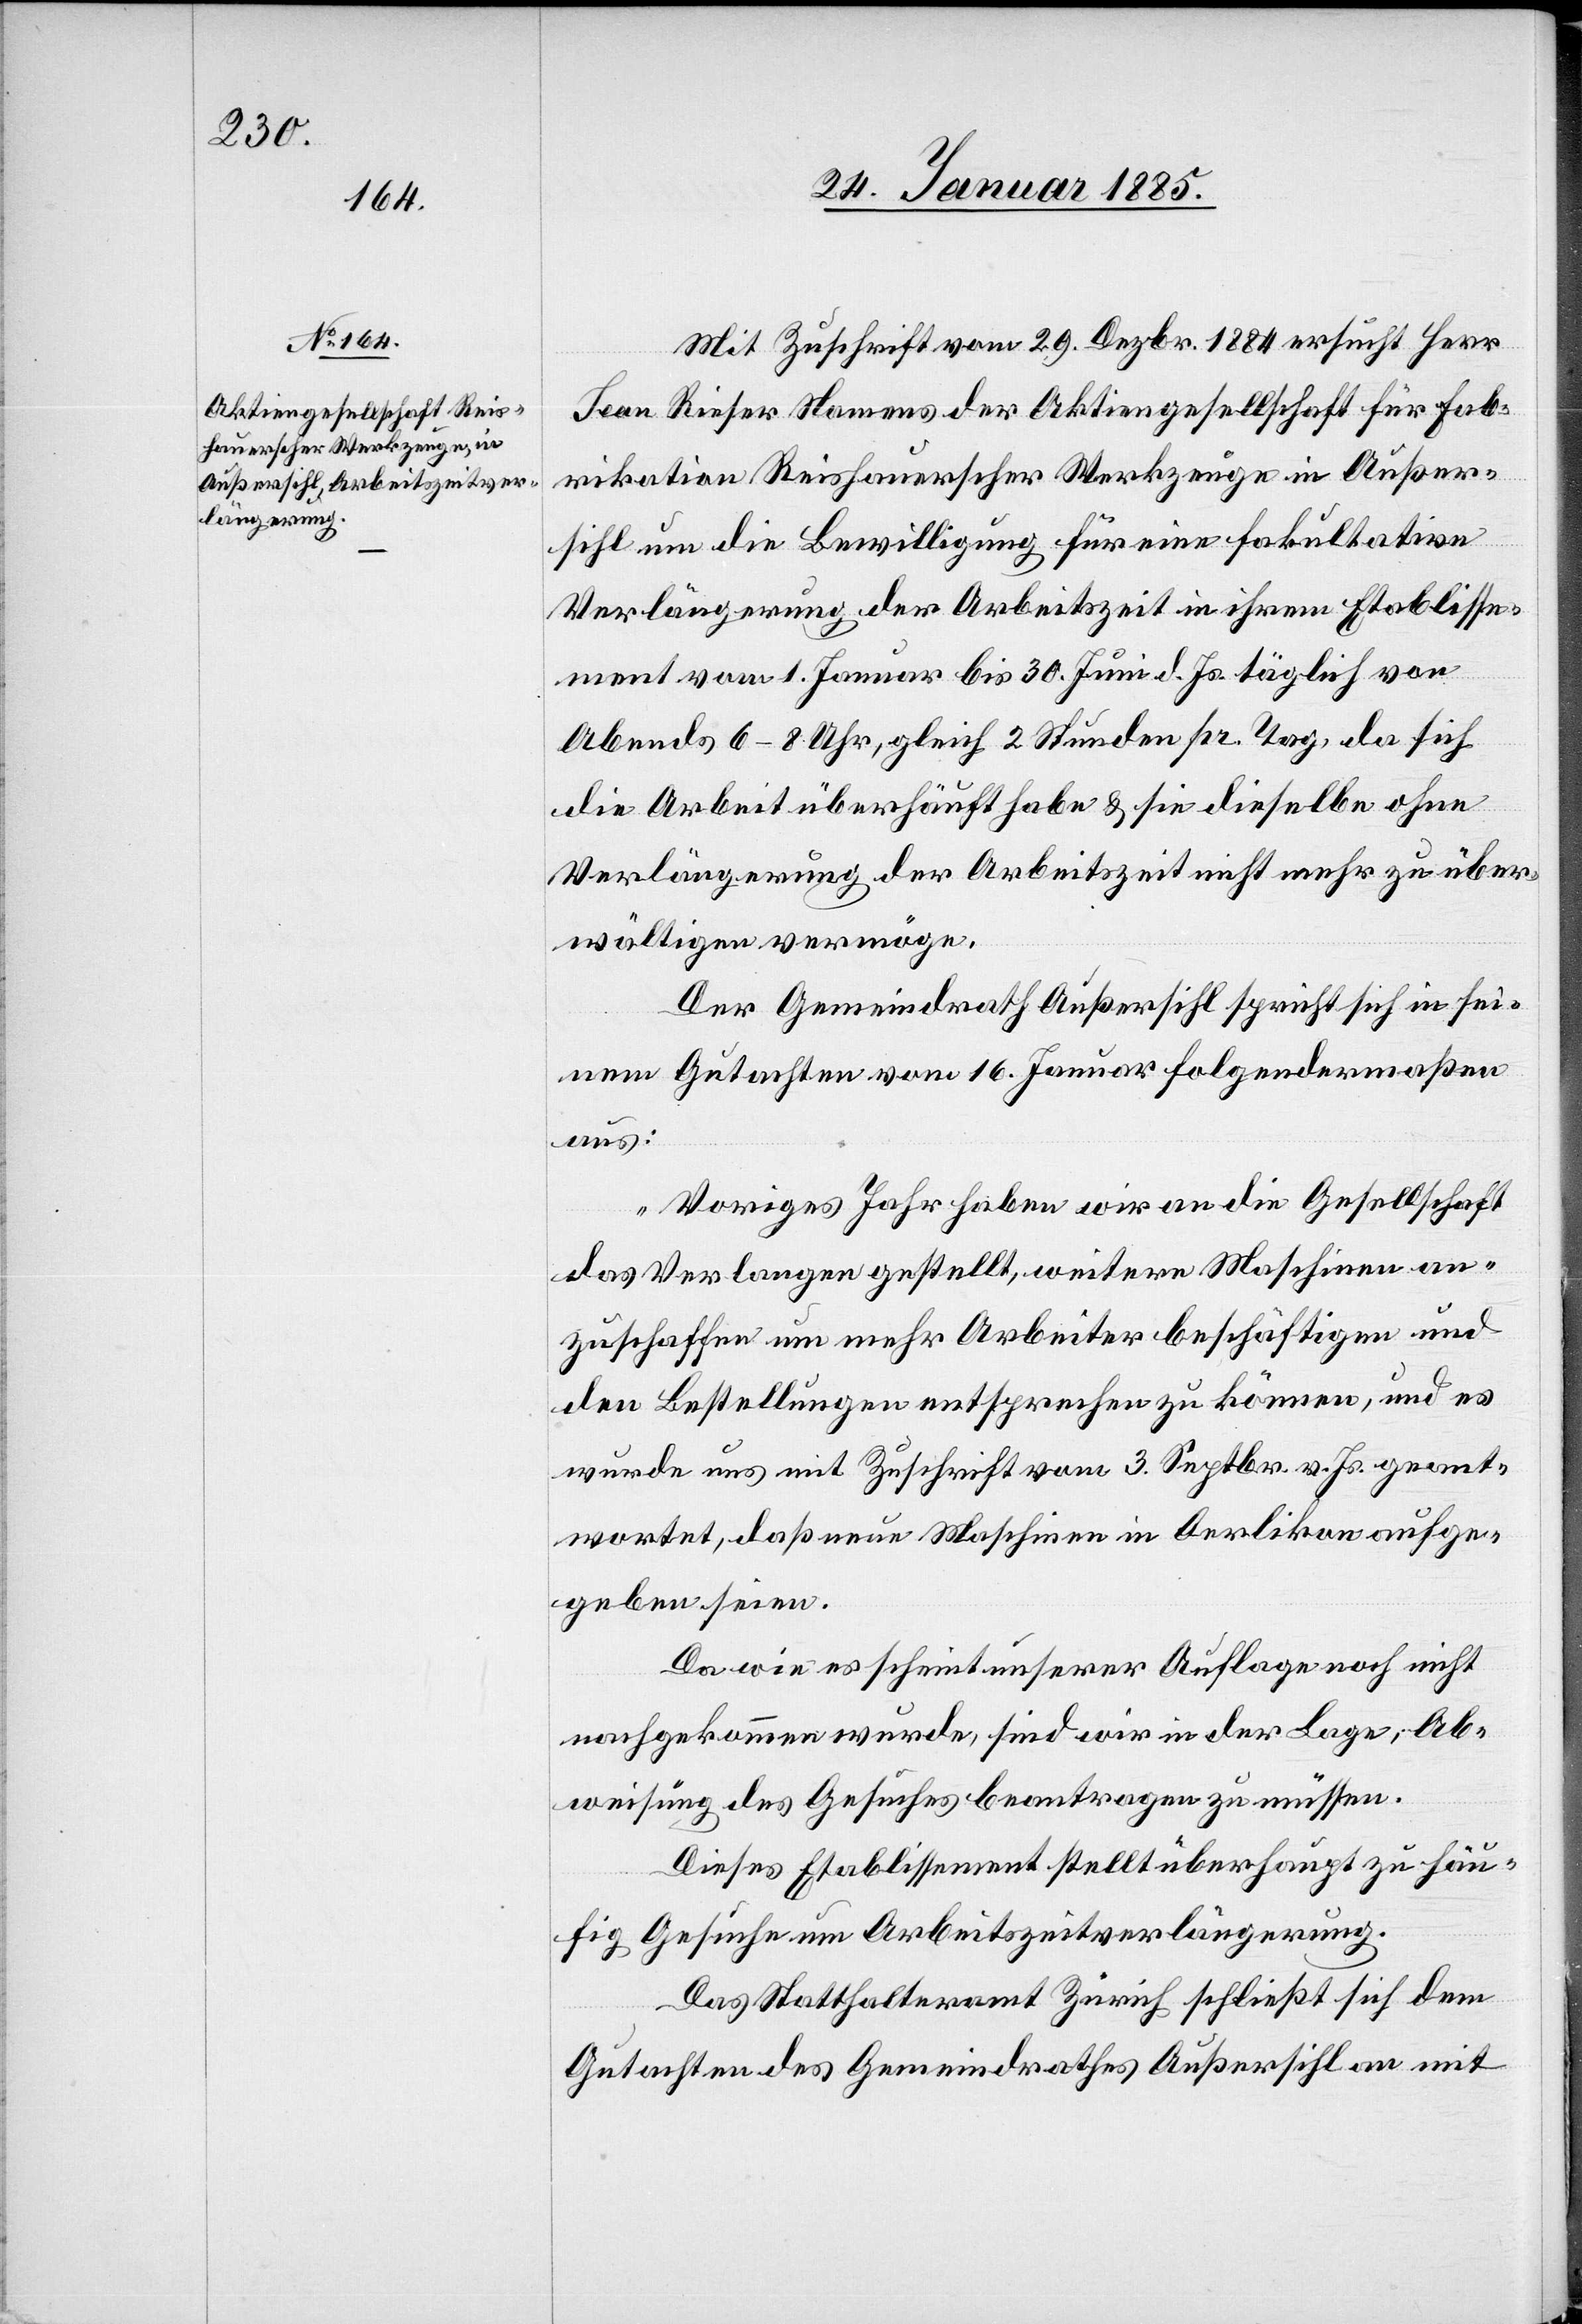
Mit Zuschrift vom 29. Dezbr. 1884 ersucht Herr
Sean Rieser Namens der Aktiengesellschaft für Fab¬
rikation Reishauerscher Werkzeuge in Außer¬
sihl um die Bewilligung für eine fakultative
Verlängerung der Arbeitszeit in ihrem Etablisse¬
ment vom 1. Januar bis 30 Juni d. Js. täglich von
Abends 6–8 Uhr, gleich 2 Stunden pr. Tag, da sich
die Arbeit überhäuft habe & sie dieselbe ohne
Verlängerung der Arbeitszeit nicht mehr zu über¬
wältigen vermöge.
Der Gemeindrath Außersihl spricht sich in sei¬
nem Gutachten vom 16. Januar folgendermaßen
aus:
„Voriges Jahr haben wir an die Gesellschaft
das Verlangen gestellt, weitere Maschinen an¬
zuschaffen um mehr Arbeiter beschäftigen und
den Bestellungen entsprechen zu können, und es
wurde uns mit Zuschrift vom 3. Sebtr. v. Js. geant¬
wortet, daß neue Maschinen in Oerlikon aufge¬
geben seien.
Da wie es scheint unserer Auflage noch nicht
nachgekommen wurde, sind wir in der Lage, Ab¬
weisung des Gesuches beantragen zu müssen.
Dieses Etablissement stellt überhaupt zu häu¬
fig Gesuche um Arbeitszeitverlängerung.
Das Statthalteramt Zürich schließt sich dem
Gutachten des Gemeindrathes Außersihl an mit